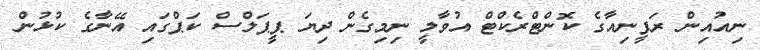
ނިއުއިން ރަފީނިއާގެ ކޮންޓްރެކްޓް އުވާލީ ނިމިގެން ދިޔަ ޕީޕަލްސް ކަޕްގައި އޭނާގެ ކުޅުން